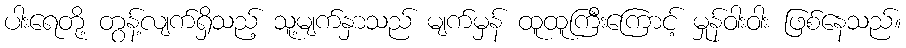
ပါးရေတို့ တွန့်လျက်ရှိသည့် သူ့မျက်နှာသည် မျက်မှန် ထူထူကြီးကြောင့် မှုန်ဝါးဝါး ဖြစ်နေသည်။